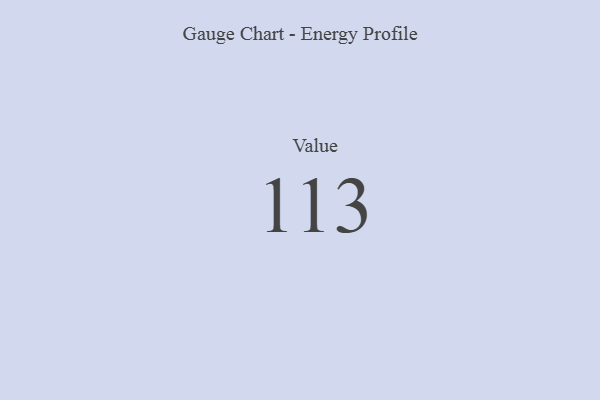
{"axis": {"x": "Metric", "y": "Value"}, "legend": [""], "data": [{"x": "Value", "y": 113, "type": ""}]}